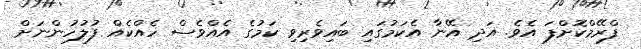
ފްރޭމްކޮށްފަ އެވެ. އަދި އޭނާ އެކަމުގައި ބައިވެރިވި ކަމުގެ އެއްވެސް ހެއްކެއް ފުލުހުންނަށް